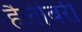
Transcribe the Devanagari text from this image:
हैलीबरी